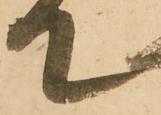
て